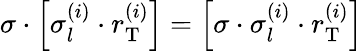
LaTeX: \sigma\cdot\left[\sigma_{l}^{\left(i\right)}\cdot r_{\mathrm{T}}^{\left(i\right)}\right]=\left[\sigma\cdot\sigma_{l}^{\left(i\right)}\cdot r_{\mathrm{T}}^{\left(i\right)}\right]